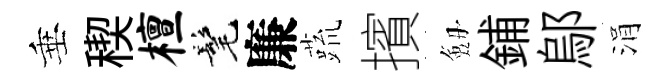
垂稧檀髦廉蔬擯劔鋪鄔涓